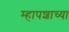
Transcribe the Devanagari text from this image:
म्हापशाच्या